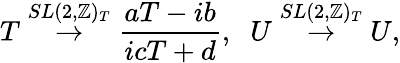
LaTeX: T\stackrel{SL(2,\mathbb{Z})_{T}}{\rightarrow}\frac{{aT-ib}}{{icT+d}},\; \; U\stackrel{SL(2,\mathbb{Z})_{T}}{\rightarrow}U,